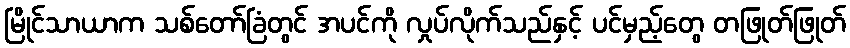
မြိုင်သာယာက သစ်တော်ခြံတွင် အပင်ကို လှုပ်လိုက်သည်နှင့် ပင်မှည့်တွေ တဖြုတ်ဖြုတ်